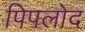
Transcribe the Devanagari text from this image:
पिपलोद